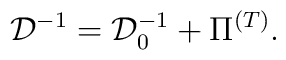
{\cal D}^{-1}={\cal D}_{0}^{-1}+\Pi ^{\left( T\right) }.